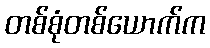
တစ်စုံတစ်ယောက်က